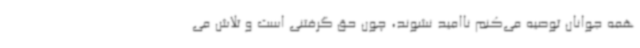
همه جوانان توصیه می‌کنم ناامید نشوند، چون حق گرفتنی است و تلاش می